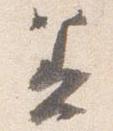
着